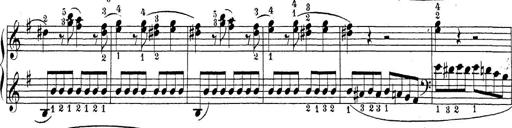
Title: Sonatina Album
Composer: Louis KÃ¶hler